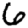
Digit: 6